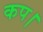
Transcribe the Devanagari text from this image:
कप।